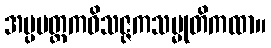
အပ္ပမတ္တကဝိသဇ္ဇကသမ္မုတိကထာ။